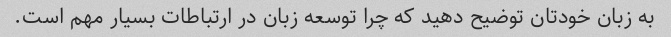
به زبان خودتان توضیح دهید که چرا توسعه زبان در ارتباطات بسیار مهم است.